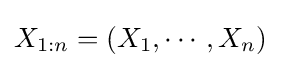
X_{1:n}=(X_{1},\cdots ,X_{n})